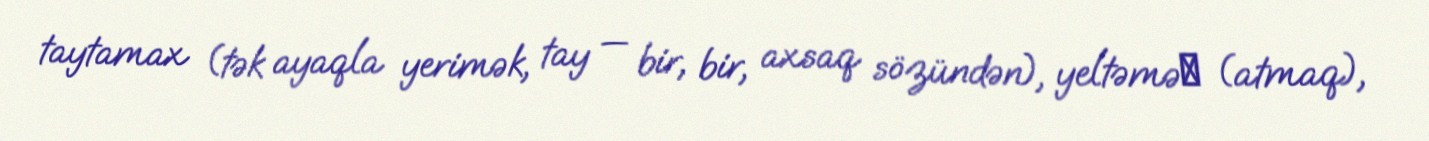
taytamax (tək ayaqla yerimək, tay — bir, bir, axsaq sözündən), yeltəməẋ (atmaq),